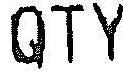
QTY